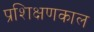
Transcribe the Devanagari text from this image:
प्रशिक्षणकाल